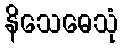
နိသေဓေသုံ